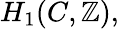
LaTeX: H_{1}(C,\mathbb{Z}),